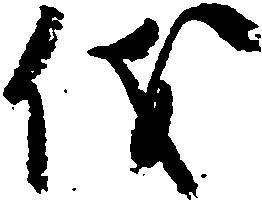
儀